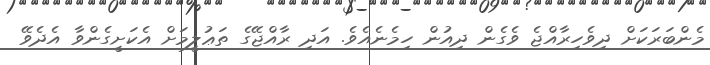
މެންބަރަކަށް ދިވެހިރާއްޖެ ވެގެން ދިއުން ހިމެނެއެވެ. އަދި ރާއްޖޭގެ ތަޢުލީމަށް އެކަށީގެންވާ އެދެވޭ